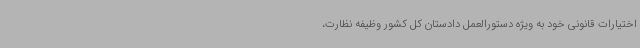
اختیارات قانونی خود به ویژه دستورالعمل دادستان کل کشور وظیفه نظارت،